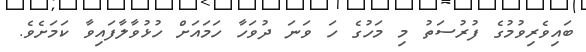
ބައިވެރިވުމުގެ ފުރުސަތު މި މަހުގެ ހަ ވަނަ ދުވަހާ ހަމައަށް ހުޅުވާލާފައިވާ ކަމަށެވެ.